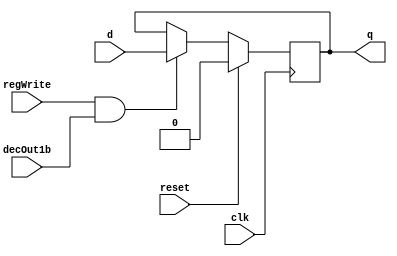
module D_ff(input clk, input reset, input regWrite, input decOut1b, input d,output reg q);
  always@(negedge clk)
  begin
    if(reset==1)
      q=0;
    else
      if(regWrite == 1 && decOut1b == 1)
        begin
          q = d;
        end
  end
endmodule

module register32bit(input clk, input reset, input regWrite, input decOut1b,input[31:0] writeData, output [31:0] outR);
  D_ff a0(clk,reset,regWrite,decOut1b,writeData[0],outR[0]);
  D_ff a1(clk,reset,regWrite,decOut1b,writeData[1],outR[1]);
  D_ff a2(clk,reset,regWrite,decOut1b,writeData[2],outR[2]);
  D_ff a3(clk,reset,regWrite,decOut1b,writeData[3],outR[3]);
  D_ff a4(clk,reset,regWrite,decOut1b,writeData[4],outR[4]);
  D_ff a5(clk,reset,regWrite,decOut1b,writeData[5],outR[5]);
  D_ff a6(clk,reset,regWrite,decOut1b,writeData[6],outR[6]);
  D_ff a7(clk,reset,regWrite,decOut1b,writeData[7],outR[7]);
  D_ff a8(clk,reset,regWrite,decOut1b,writeData[8],outR[8]);
  D_ff a9(clk,reset,regWrite,decOut1b,writeData[9],outR[9]);
  D_ff a10(clk,reset,regWrite,decOut1b,writeData[10],outR[10]);
  D_ff a11(clk,reset,regWrite,decOut1b,writeData[11],outR[11]);
  D_ff a12(clk,reset,regWrite,decOut1b,writeData[12],outR[12]);
  D_ff a13(clk,reset,regWrite,decOut1b,writeData[13],outR[13]);
  D_ff a14(clk,reset,regWrite,decOut1b,writeData[14],outR[14]);
  D_ff a15(clk,reset,regWrite,decOut1b,writeData[15],outR[15]);
  D_ff a16(clk,reset,regWrite,decOut1b,writeData[16],outR[16]);
  D_ff a17(clk,reset,regWrite,decOut1b,writeData[17],outR[17]);
  D_ff a18(clk,reset,regWrite,decOut1b,writeData[18],outR[18]);
  D_ff a19(clk,reset,regWrite,decOut1b,writeData[19],outR[19]);
  D_ff a20(clk,reset,regWrite,decOut1b,writeData[20],outR[20]);
  D_ff a21(clk,reset,regWrite,decOut1b,writeData[21],outR[21]);
  D_ff a22(clk,reset,regWrite,decOut1b,writeData[22],outR[22]);
  D_ff a23(clk,reset,regWrite,decOut1b,writeData[23],outR[23]);
  D_ff a24(clk,reset,regWrite,decOut1b,writeData[24],outR[24]);
  D_ff a25(clk,reset,regWrite,decOut1b,writeData[25],outR[25]);
  D_ff a26(clk,reset,regWrite,decOut1b,writeData[26],outR[26]);
  D_ff a27(clk,reset,regWrite,decOut1b,writeData[27],outR[27]);
  D_ff a28(clk,reset,regWrite,decOut1b,writeData[28],outR[28]);
  D_ff a29(clk,reset,regWrite,decOut1b,writeData[29],outR[29]);
  D_ff a30(clk,reset,regWrite,decOut1b,writeData[30],outR[30]);
  D_ff a31(clk,reset,regWrite,decOut1b,writeData[31],outR[31]);
  
endmodule


module registerSet(input clk, input reset, input regWrite, input [7:0] decOut,input [31:0] writeData,output [31:0] outR0, outR1, outR2,outR3,outR4,outR5,outR6,outR7);
  register32bit r0(clk,reset,regWrite,decOut[0],writeData,outR0);
  register32bit r1(clk,reset,regWrite,decOut[1],writeData,outR1);
  register32bit r2(clk,reset,regWrite,decOut[2],writeData,outR2);
  register32bit r3(clk,reset,regWrite,decOut[3],writeData,outR3);
  register32bit r4(clk,reset,regWrite,decOut[4],writeData,outR4);
  register32bit r5(clk,reset,regWrite,decOut[5],writeData,outR5);
  register32bit r6(clk,reset,regWrite,decOut[6],writeData,outR6);
  register32bit r7(clk,reset,regWrite,decOut[7],writeData,outR7);
endmodule


module decoder(input[2:0] destReg, output reg [7:0] decOut);
  always@(destReg[0] or destReg[1] or destReg[2])
  begin
    case(destReg)
      3'b000: decOut = 8'b00000001;
      3'b001: decOut = 8'b00000010;
      3'b010: decOut = 8'b00000100;
      3'b011: decOut = 8'b00001000;
      3'b100: decOut = 8'b00010000;
      3'b101: decOut = 8'b00100000;
      3'b110: decOut = 8'b01000000;
      3'b111: decOut = 8'b10000000;
    endcase
  end
endmodule

module mux8to1(input [31:0] outR0,outR1,outR2,outR3,outR4,outR5,outR6,outR7,input [2:0] Sel,output reg [31:0] outBus);
  always @ (Sel or outR0 or outR1 or outR2 or outR3 or outR4 or outR5 or outR6 or outR7)
  begin
    case(Sel)
      3'b000: outBus = outR0;
      3'b001: outBus = outR1;
      3'b010: outBus = outR2;
      3'b011: outBus = outR3;
      3'b100: outBus = outR4;
      3'b101: outBus = outR5;
      3'b110: outBus = outR6;
      3'b111: outBus = outR7;
    endcase
  end
endmodule

module registerFile(input clk, input reset, input regWrite, input [2:0] srcRegA, input [2:0] srcRegB, input [2:0] destReg, input [31:0] writeData, output [31:0] outBusA, output [31:0] outBusB);
  wire [31:0] opR0,opR1, opR2, opR3, opR4, opR5, opR6, opR7;
  wire [7:0] decop;
  decoder d1(destReg,decop);
  registerSet a1(clk, reset, regWrite, decop,writeData,opR0,opR1,opR2,opR3,opR4,opR5,opR6,opR7);
  mux8to1 m1(opR0,opR1,opR2,opR3,opR4,opR5,opR6,opR7,srcRegA,outBusA);
  mux8to1 m2(opR0,opR1,opR2,opR3,opR4,opR5,opR6,opR7,srcRegB,outBusB);
endmodule


module test_registerFile();
  //inputs
  reg clk,reset, regWrite;
  reg [2:0] srcRegA, srcRegB, destReg;
  reg [31:0] writeData;
  //outputs
  wire [31:0] outBusA;
  wire [31:0] outBusB;
  registerFile uut(clk,reset,regWrite, srcRegA,srcRegB,destReg,writeData, outBusA, outBusB);
  
  always begin #5 clk = ~clk; end
  
  initial 
  begin clk = 0; reset = 1; srcRegA = 5'd0; srcRegB = 5'd0;
  #5 reset=0; regWrite=1; destReg=3'd0; writeData=32'd8;
  #10 destReg = 3'd1; writeData = 32'd7;
  #10 destReg = 3'd2; writeData = 32'd6;
  #10 destReg = 3'd3; writeData = 32'd5;
  #10 destReg = 3'd4; writeData = 32'd4;
  #10 destReg = 3'd5; writeData = 32'd3; 
  #10 destReg = 3'd6; writeData = 32'd2; 
  #10 destReg = 3'd7; writeData = 32'd1; 
  #10 regWrite = 0; srcRegA = 5'd7; srcRegB=5'd6; 
  #10 srcRegA = 5'd5; srcRegB = 5'd4; 
  #10 srcRegA=5'd3; srcRegB=5'd2; 
  #10 srcRegA=5'd1; srcRegB=5'd0; 
  #10 $finish;
end
endmodule